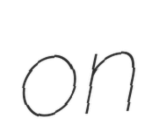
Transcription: on